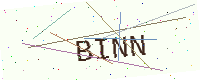
Text: BINN